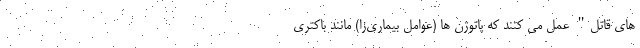
های قاتل" عمل می کنند که پاتوژن ها (عوامل بیماری‌زا) مانند باکتری